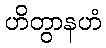
ဟိတွာနဟံ